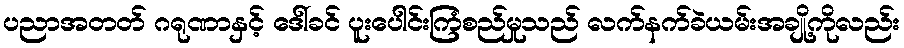
ပညာအတတ် ဂရုဏာနှင့် ဒေါ်ခင် ပူးပေါင်းကြံစည်မှုသည် လက်နက်ခဲယမ်းအချို့ကိုလည်း